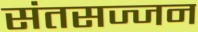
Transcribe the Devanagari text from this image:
संतसज्जन